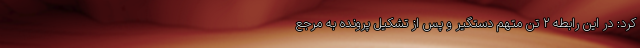
کرد: در این رابطه ۲ تَن متهم دستگیر و پس از تشکیل پرونده به مرجع